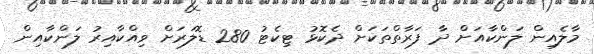
މާލެއިން ލަންކާއަށް ދާ ފަރާތްތަކަށް ދެކޮޅު ޓިކެޓު 280 ޑޮލަރަށް ވިއްކާއިރު ލަންކާއިން